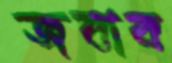
জবাব